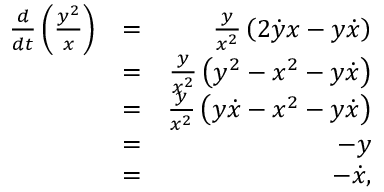
\begin{array} { r l r } { \frac { d } { d t } \left( \frac { y ^ { 2 } } { x } \right) } & { = } & { \frac { y } { x ^ { 2 } } \left( 2 \dot { y } x - y \dot { x } \right) } \\ & { = } & { \frac { y } { x ^ { 2 } } \left( y ^ { 2 } - x ^ { 2 } - y \dot { x } \right) } \\ & { = } & { \frac { y } { x ^ { 2 } } \left( y \dot { x } - x ^ { 2 } - y \dot { x } \right) } \\ & { = } & { - y } \\ & { = } & { - \dot { x } , } \end{array}